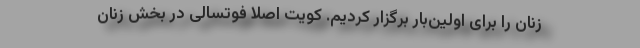
زنان را برای اولین‌بار برگزار کردیم. کویت اصلا فوتسالی در بخش زنان